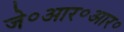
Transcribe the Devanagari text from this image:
जे॰आर॰आर॰